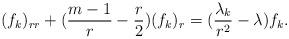
LaTeX: \begin{align*}(f_k)_{rr} + (\frac{m-1}{r} - \frac{r}{2})(f_k)_r = (\frac{\lambda_k }{r^2}-\lambda)f_k.\end{align*}